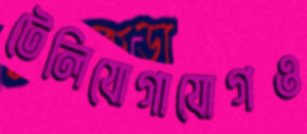
টেলিযোগাযোগও